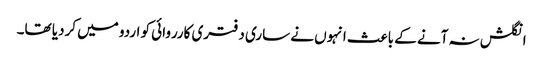
انگلش نہ آنے کے باعث انہوں نے ساری دفتری کارروائی کو اردو میں کردیا تھا۔